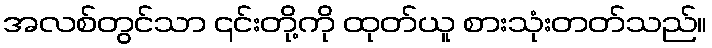
အလစ်တွင်သာ ၎င်းတို့ကို ထုတ်ယူ စားသုံးတတ်သည်။